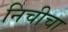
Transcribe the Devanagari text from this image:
निचीचा